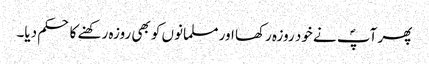
پھر آپؐ نے خود روزہ رکھا اور مسلمانوں کو بھی روزہ رکھنے کا حکم دیا۔